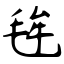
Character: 毪